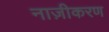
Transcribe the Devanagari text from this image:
नाज़ीकरण